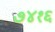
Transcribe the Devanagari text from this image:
७४१६